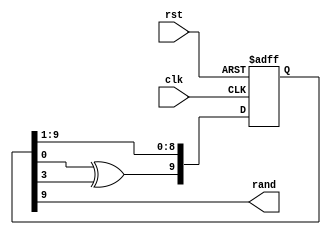
/**
Module Name:			lfsr.v
Project:					ToW
Author:					Jason Van Kerkhoven
							Connor Emery
Date of Update:		27/11/2016                                              
Version:					1.0.0                                                      

Purpose:					TODO
 
 
Update Log:				v1.0.0
								- intial commit
*/
`timescale 1 ns/ 1ps


module lfsr(clk, rst, rand);
	
	//declaring inputs and outputs
	input clk;
	input rst;
	output rand;
	reg[9:0] lfsr;
	
	always@(posedge clk or posedge rst) 
	begin
		if (rst) lfsr[9:0] <= 1;
		else 
		begin
			lfsr[8:0] <= lfsr[9:1];
			lfsr[9] <= lfsr[0]^lfsr[3];
		end
	end
	
	assign rand = lfsr[9];
endmodule